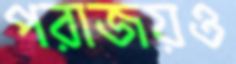
পরাজয়ও